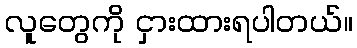
လူတွေကို ငှားထားရပါတယ်။